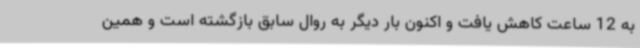
به 12 ساعت کاهش یافت و اکنون بار دیگر به روال سابق بازگشته است و همین